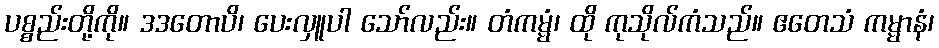
ပစ္စည်းတို့ကို။ ဒဒတောပိ၊ ပေးလှူပါ သော်လည်း။ တံကမ္မံ၊ ထို ကုသိုလ်ကံသည်။ ဧတေသံ ကမ္မာနံ၊